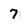
Character: 7